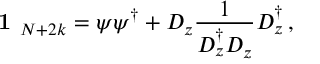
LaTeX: \textbf { 1 } _ { N + 2 k } = \psi \psi ^ { \dagger } + D _ { z } \frac { 1 } { D _ { z } ^ { \dagger } D _ { z } } D _ { z } ^ { \dagger } \, ,